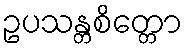
ဥပသန္တစိတ္တော